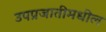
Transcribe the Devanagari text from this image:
उपप्रजातीमधील